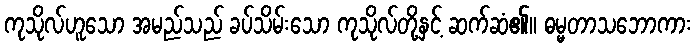
ကုသိုလ်ဟူသော အမည်သည် ခပ်သိမ်းသော ကုသိုလ်တို့နှင့် ဆက်ဆံ၏။ ဓမ္မတာသဘောကား